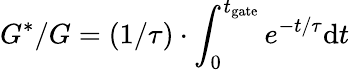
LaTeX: G^{*}/G=(1/\tau)\cdot\int_{0}^{t_{\mathrm{gate}}}e^{-t/\tau}\mathrm{d}t